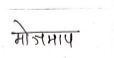
मजकूर: मोजमाप